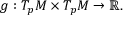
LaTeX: g : T _ { p } M \times T _ { p } M \to \mathbb { R } .